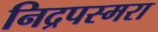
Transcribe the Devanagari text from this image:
निद्रपस्मरा